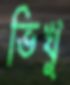
ভিখু